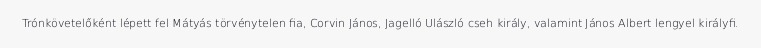
Trónkövetelőként lépett fel Mátyás törvénytelen fia, Corvin János, Jagelló Ulászló cseh király, valamint János Albert lengyel királyfi.